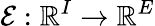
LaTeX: \mathcal{E}:\mathbb{R}^{I}\rightarrow\mathbb{R}^{E}